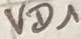
Text: VD1